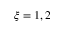
\xi = 1 , 2